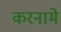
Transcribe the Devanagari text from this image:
करनामे